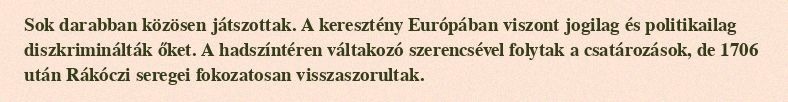
Sok darabban közösen játszottak. A keresztény Európában viszont jogilag és politikailag diszkriminálták őket. A hadszíntéren váltakozó szerencsével folytak a csatározások, de 1706 után Rákóczi seregei fokozatosan visszaszorultak.